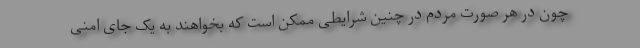
چون در هر صورت مردم در چنین شرایطی ممکن است که بخواهند به یک جای امنی